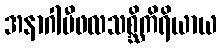
အနာဂါမီဖလသစ္ဆိကိရိယာယ